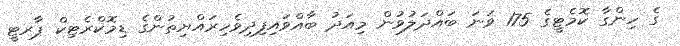
ގެ ހިންގާ ކޮމެޓީގެ 175 ވަނަ ބައްދަލުވުން މިއަދު ބާއްވައިފިދިވެހިރައްޔިތުންގެ ޑިމޮކްރެޓިކް ޕާރޓީ